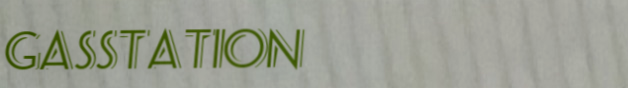
GasStation